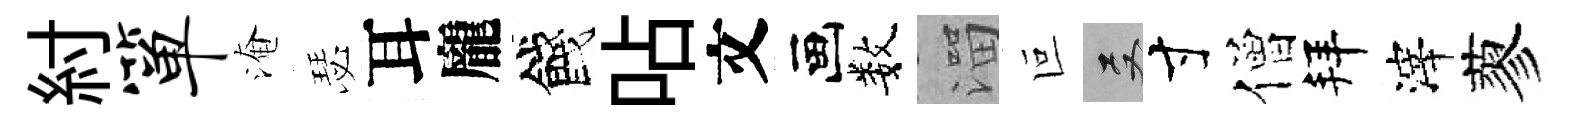
紂箪淹瑟耳龐餞呫文画数溜叵双寸僧拜滓蓼